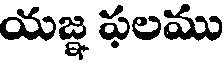
యజ్ఞ ఫలము